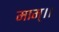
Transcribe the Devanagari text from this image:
माम्।।